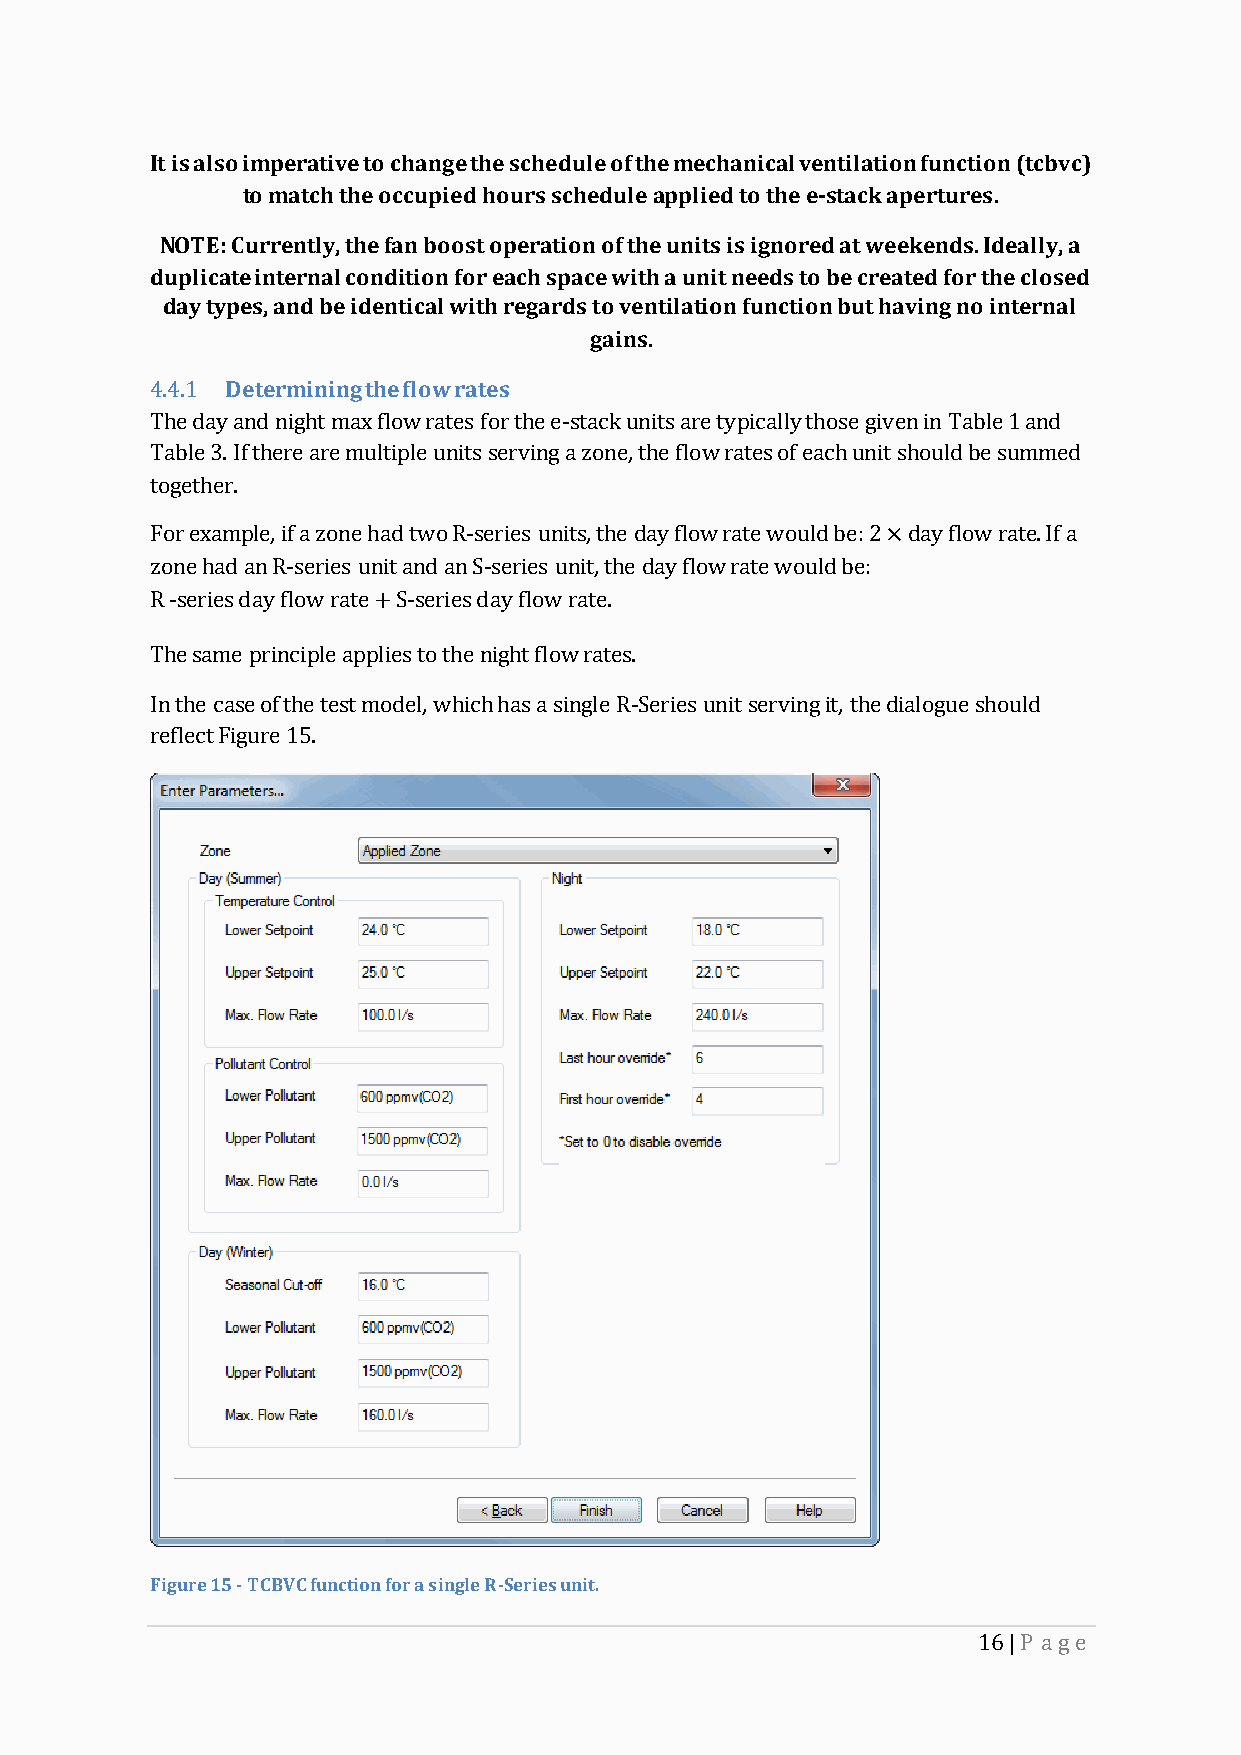
It is also imperative to change the schedule of the mechanical ventilation function (tcbvc)
 to match the occupied hours schedule applied to the e-stack apertures.
 NOTE: Currently, the fan boost operation of the units is ignored at weekends. Ideally, a
 duplicate internal condition for each space with a unit needs to be created for the closed
 day types, and be identical with regards to ventilation function but having no internal
 gains.
 4.4.1 Determining the flow rates
 The day and night max flow rates for the e-stack units are typically those given in Table 1 and
 Table 3. If there are multiple units serving a zone, the flow rates of each unit should be summed
 together.
 For example, if a zone had two R-series units, the day flow rate would be: 2×day flow rate. If a
 zone had an R-series unit and an S-series unit, the day flow rate would be:
 R -series day flow rate+S-series day flow rate.
 The same principle applies to the night flow rates.
 In the case of the test model, which has a single R-Series unit serving it, the dialogue should
 reflect Figure 15.
 Figure 15 - TCBVC function for a single R-Series unit.
 16 | P age